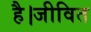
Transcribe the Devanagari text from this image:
है।जीवित